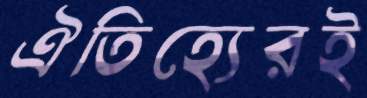
ঐতিহ্যেরই